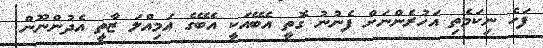
ފަހެ ނިކަމެތި އަހުރެންނަށް ފެނުނު ގޮތީ އެބޭއަކީ އެބޭގެ އަމިއްލަ ޒާތީ އެދުންނޫން